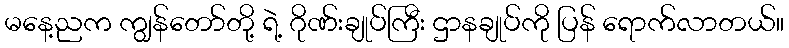
မနေ့ညက ကျွန်တော်တို့ ရဲ့ ဂိုဏ်းချုပ်ကြီး ဌာနချုပ်ကို ပြန် ရောက်လာတယ်။